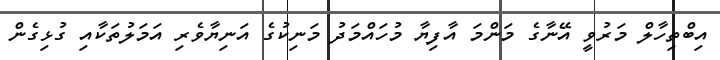
އިބްތިހާލް މަރުވީ އޭނާގެ މަންމަ އާފިޔާ މުހައްމަދު މަނިކުގެ އަނިޔާވެރި އަމަލުތަކާއި ގުޅިގެން